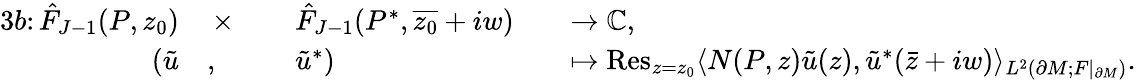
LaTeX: \begin{array}{rlrlrl}{{3}b\colon\hat{F}_{J-1}(P,z_{0})}&{\, \times\, }&&{\hat{F}_{J-1}(P^{*},\overline{{z_{0}}}+iw)}&&{\to\mathbb{C},}\\ {(\tilde{u}}&{,}&&{\tilde{u}^{*})}&&{\mapsto\operatorname{Res}_{z=z_{0}}\langle N(P,z)\tilde{u}(z),\tilde{u}^{*}(\bar{z}+iw)\rangle_{L^{2}(\partial M;F|_{\partial M})}.}\end{array}